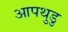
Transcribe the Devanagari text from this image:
आपथुडु